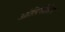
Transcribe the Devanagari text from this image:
ओलिगोसिन